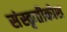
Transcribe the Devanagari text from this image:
संस्कृतीकोश